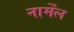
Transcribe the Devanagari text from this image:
नार्मेंल